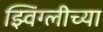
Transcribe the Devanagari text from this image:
झ्विंग्लीच्या